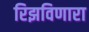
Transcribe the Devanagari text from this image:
रिझविणारा